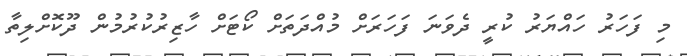
މި ފަހަރު ހައްޔަރު ކުރީ ދެވަނަ ފަހަރަށް މުއްދަތަށް ކޯޓަށް ހާޒިރުކުރުމުން ދޫކޮށްލިތާ